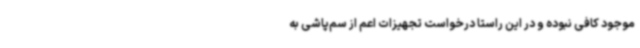
موجود کافی نبوده و در این راستا درخواست تجهیزات اعم از سم‌پاشی به